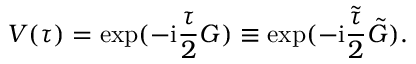
V ( \tau ) = \exp ( - \mathrm { i } \frac { \tau } { 2 } G ) \equiv \exp ( - \mathrm { i } \frac { \tilde { \tau } } { 2 } \tilde { G } ) .